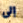
إلى